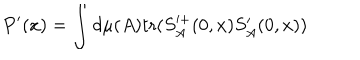
P ^ { \prime } ( x ) = \int d \mu ( A ) \mathrm { t r } ( S _ { A } ^ { + } ( 0 , x ) S _ { A } ^ { \prime } ( 0 , x ) )